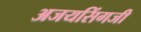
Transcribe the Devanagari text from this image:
अजयसिंगजी